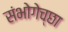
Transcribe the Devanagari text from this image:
संभोगेच्छा